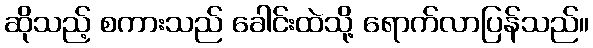
ဆိုသည့် စကားသည် ခေါင်းထဲသို့ ရောက်လာပြန်သည်။